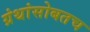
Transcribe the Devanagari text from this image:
ग्रंथांसोबतच